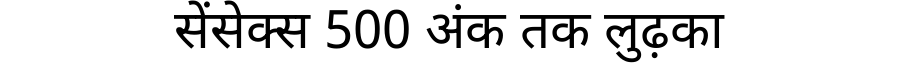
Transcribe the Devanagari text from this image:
सेंसेक्स 500 अंक तक लुढ़का